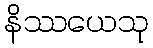
နိဿယေသု